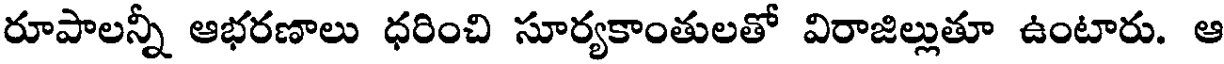
రూపాలన్నీ ఆభరణాలు ధరించి సూర్యకాంతులతో విరాజిల్లుతూ ఉంటారు. ఆ